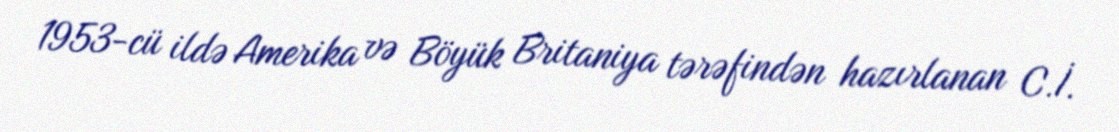
1953-cü ildə Amerika və Böyük Britaniya tərəfindən hazırlanan C.İ.